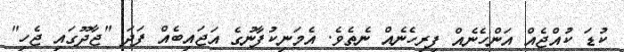
ކުޑަ ކުއްޖެއް އަންހެނެއް ފިރިހެނެއް ނެތެވެ. އެމަނިކުފާނުގެ އަޖައިބެއް ފަދަ "ޖާދޫގައި ޖެހި"